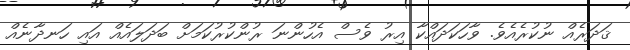
ޤަދަރެއް ނުކުރެއެވެ. ވާހަކަދައްކާ އިރު ވެސް އެހުންނަ ރުންކުރުކަމަށް ބަދަލައެއް އައި ހަނދާނެއް